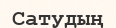
Сатудың